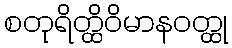
စတုရိတ္ထိဝိမာနဝတ္ထု